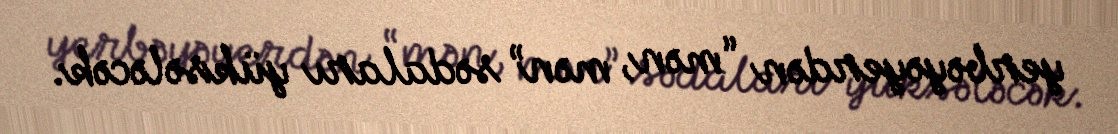
yerbəyəyerdən “mən, mən” sədaları yüksələcək.